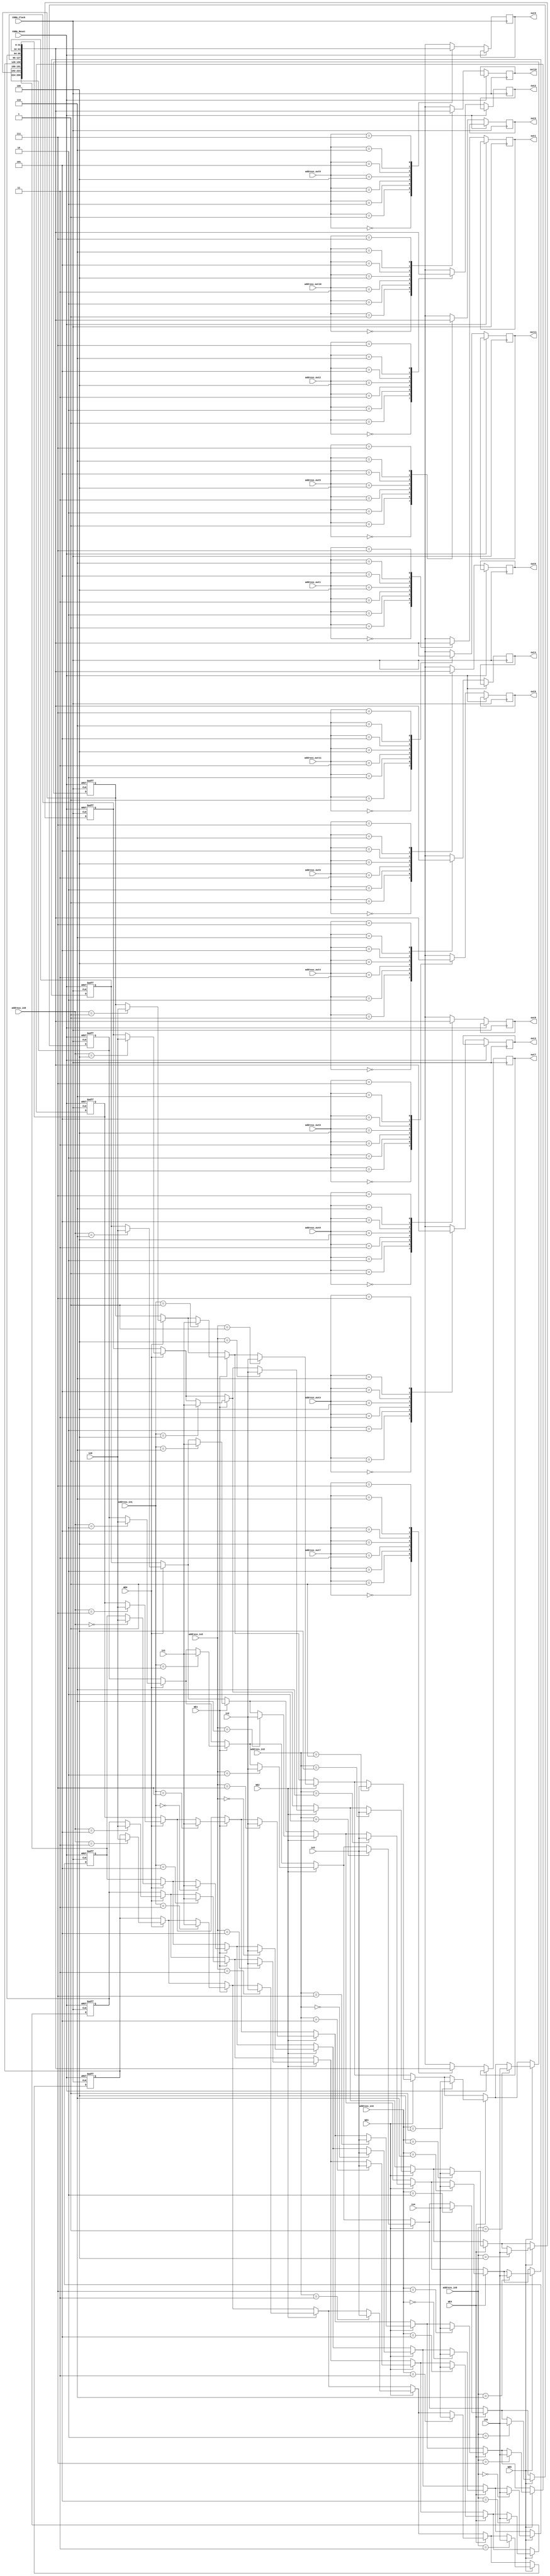
`timescale 1ns/1ps
module registerFile_6in_12out_32b(CGRA_Clock, CGRA_Reset, WE0, WE1, WE2, WE3, WE4, WE5, address_in0, address_in1, address_in2, address_in3, address_in4, address_in5, address_out0, address_out1, address_out10, address_out11, address_out2, address_out3, address_out4, address_out5, address_out6, address_out7, address_out8, address_out9, in0, in1, in2, in3, in4, in5, out0, out1, out10, out11, out2, out3, out4, out5, out6, out7, out8, out9);
    parameter log2regs = 3;
    parameter size = 32;
    // Specifying the ports
    input CGRA_Clock, CGRA_Reset;
    input WE0;
    input WE1;
    input WE2;
    input WE3;
    input WE4;
    input WE5;
    input [log2regs-1:0] address_in0;
    input [log2regs-1:0] address_in1;
    input [log2regs-1:0] address_in2;
    input [log2regs-1:0] address_in3;
    input [log2regs-1:0] address_in4;
    input [log2regs-1:0] address_in5;
    input [log2regs-1:0] address_out0;
    input [log2regs-1:0] address_out1;
    input [log2regs-1:0] address_out10;
    input [log2regs-1:0] address_out11;
    input [log2regs-1:0] address_out2;
    input [log2regs-1:0] address_out3;
    input [log2regs-1:0] address_out4;
    input [log2regs-1:0] address_out5;
    input [log2regs-1:0] address_out6;
    input [log2regs-1:0] address_out7;
    input [log2regs-1:0] address_out8;
    input [log2regs-1:0] address_out9;
    input [size-1:0] in0;
    input [size-1:0] in1;
    input [size-1:0] in2;
    input [size-1:0] in3;
    input [size-1:0] in4;
    input [size-1:0] in5;
    output reg [size-1:0] out0;
    output reg [size-1:0] out1;
    output reg [size-1:0] out10;
    output reg [size-1:0] out11;
    output reg [size-1:0] out2;
    output reg [size-1:0] out3;
    output reg [size-1:0] out4;
    output reg [size-1:0] out5;
    output reg [size-1:0] out6;
    output reg [size-1:0] out7;
    output reg [size-1:0] out8;
    output reg [size-1:0] out9;

    // Setting the always blocks and inside registers
    reg [size-1:0] register[2**log2regs-1:0];
    always@(posedge CGRA_Clock, posedge CGRA_Reset)
        if(CGRA_Reset)
            begin : RESET
                integer i;
                for (i = 0; i < 2**log2regs; i = i+1)
                    register[i] <= 0;
            end
        else
            begin
                out0 <= register[address_out0];
                out1 <= register[address_out1];
                out2 <= register[address_out2];
                out3 <= register[address_out3];
                out4 <= register[address_out4];
                out5 <= register[address_out5];
                out6 <= register[address_out6];
                out7 <= register[address_out7];
                out8 <= register[address_out8];
                out9 <= register[address_out9];
                out10 <= register[address_out10];
                out11 <= register[address_out11];
                if(WE0)
                    register[address_in0] <= in0;
                if(WE1)
                    register[address_in1] <= in1;
                if(WE2)
                    register[address_in2] <= in2;
                if(WE3)
                    register[address_in3] <= in3;
                if(WE4)
                    register[address_in4] <= in4;
                if(WE5)
                    register[address_in5] <= in5;
            end
endmodule